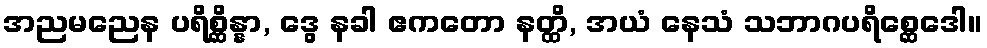
အညမညေန ပရိစ္ဆိန္နာ, ဒွေ နခါ ဧကတော နတ္ထိ, အယံ နေသံ သဘာဂပရိစ္ဆေဒေါ။